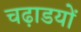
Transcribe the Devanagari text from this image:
चढ़ाडयों